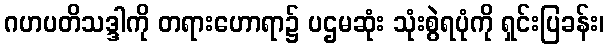
ဂဟပတိသဒ္ဒါကို တရားဟောရာ၌ ပဌမဆုံး သုံးစွဲရပုံကို ရှင်းပြခန်း၊